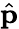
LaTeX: \hat{\textbf{p}}